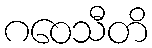
ဂဝေသီတိ